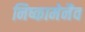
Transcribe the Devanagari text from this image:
निष्कामेनैव